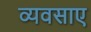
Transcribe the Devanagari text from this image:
व्यवसाए